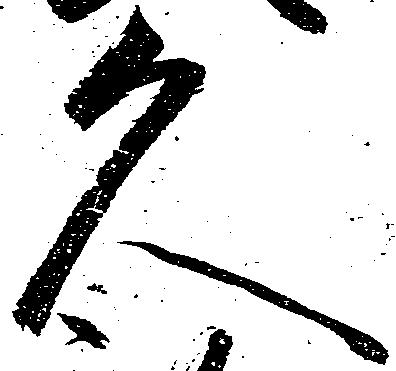
久